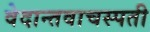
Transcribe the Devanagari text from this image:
वेदान्तवाचस्पती